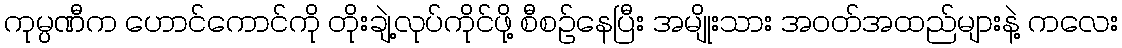
ကုမ္ပဏီက ဟောင်ကောင်ကို တိုးချဲ့လုပ်ကိုင်ဖို့ စီစဉ်နေပြီး အမျိုးသား အဝတ်အထည်များနဲ့ ကလေး